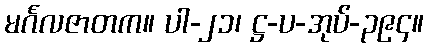
မင်္ဂလဇာတက။ ပါ-၂၁၊ ဋ္ဌ-ပ-အုပ်-၃၉၄။